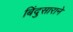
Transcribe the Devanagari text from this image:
बिंदुसाराने